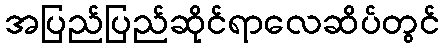
အပြည်ပြည်ဆိုင်ရာလေဆိပ်တွင်